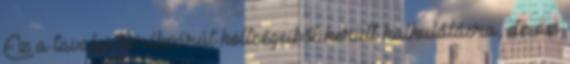
Ez a tavalyi kerékpárút költségeiből került kalkulálásra, de az